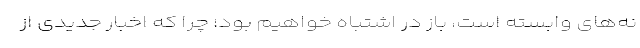
نه‌های وابسته است، باز در اشتباه خواهیم بود؛ چرا که اخبار جدیدی از